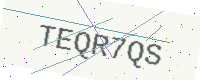
Text: TEQR7QS